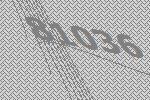
81036